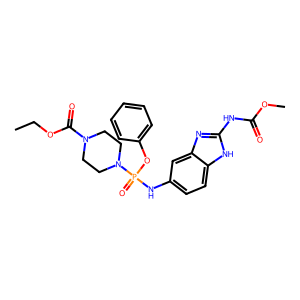
SMILES: CCOC(=O)N1CCN(P(=O)(Nc2ccc3[nH]c(NC(=O)OC)nc3c2)Oc2ccccc2)CC1
Inhibits HIV replication: No